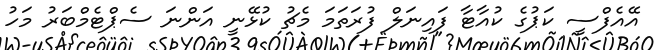
އޭއެފްސީ ކަޕުގެ ކުއާޓާ ފައިނަލް ފުރަތަމަ މެޗު ކުޅޭނީ އަންނަ ސެޕްޓެމްބަރު މަހު